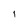
Character: I